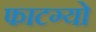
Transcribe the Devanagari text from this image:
फाटग्यो